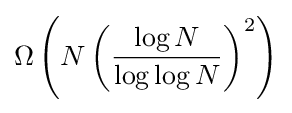
\Omega \left(N\left({\log N \over \log \log N}\right)^{2}\right)